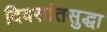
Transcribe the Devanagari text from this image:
दिवसांतसुद्धा